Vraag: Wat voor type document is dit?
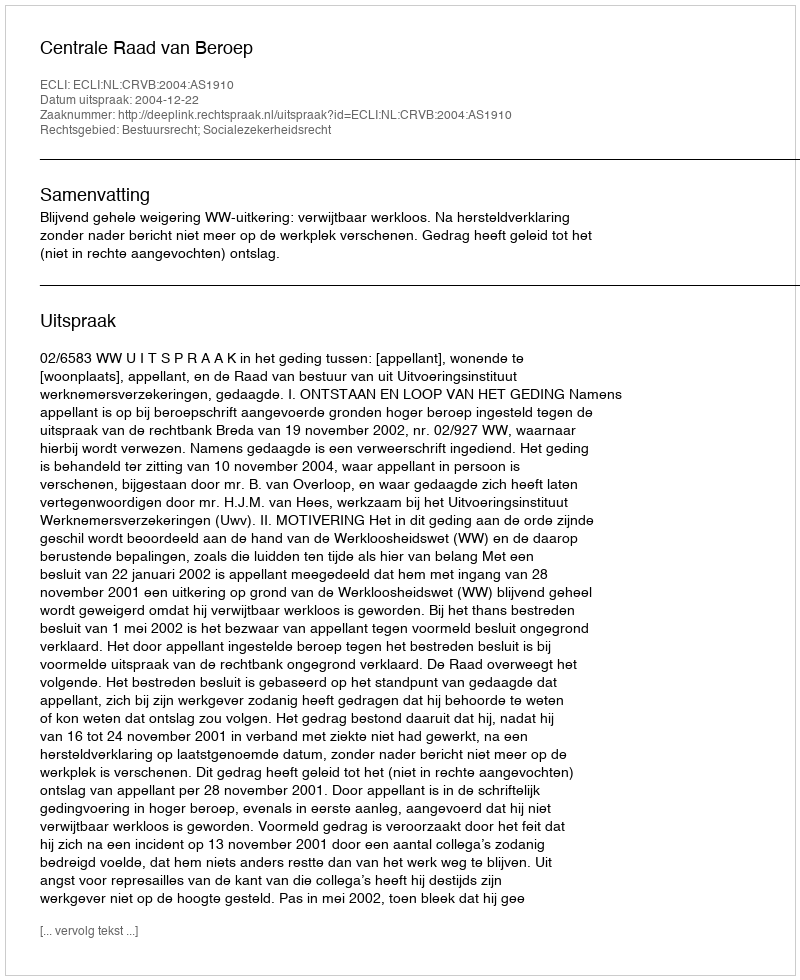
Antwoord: Uitspraak